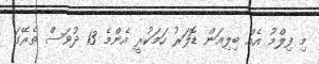
މި ފިލްމު އެއް ބިލިއަން ޑޮލަރު ހަމަކުރީ އެންމެ 13 ދުވަސް ތެރޭގަ